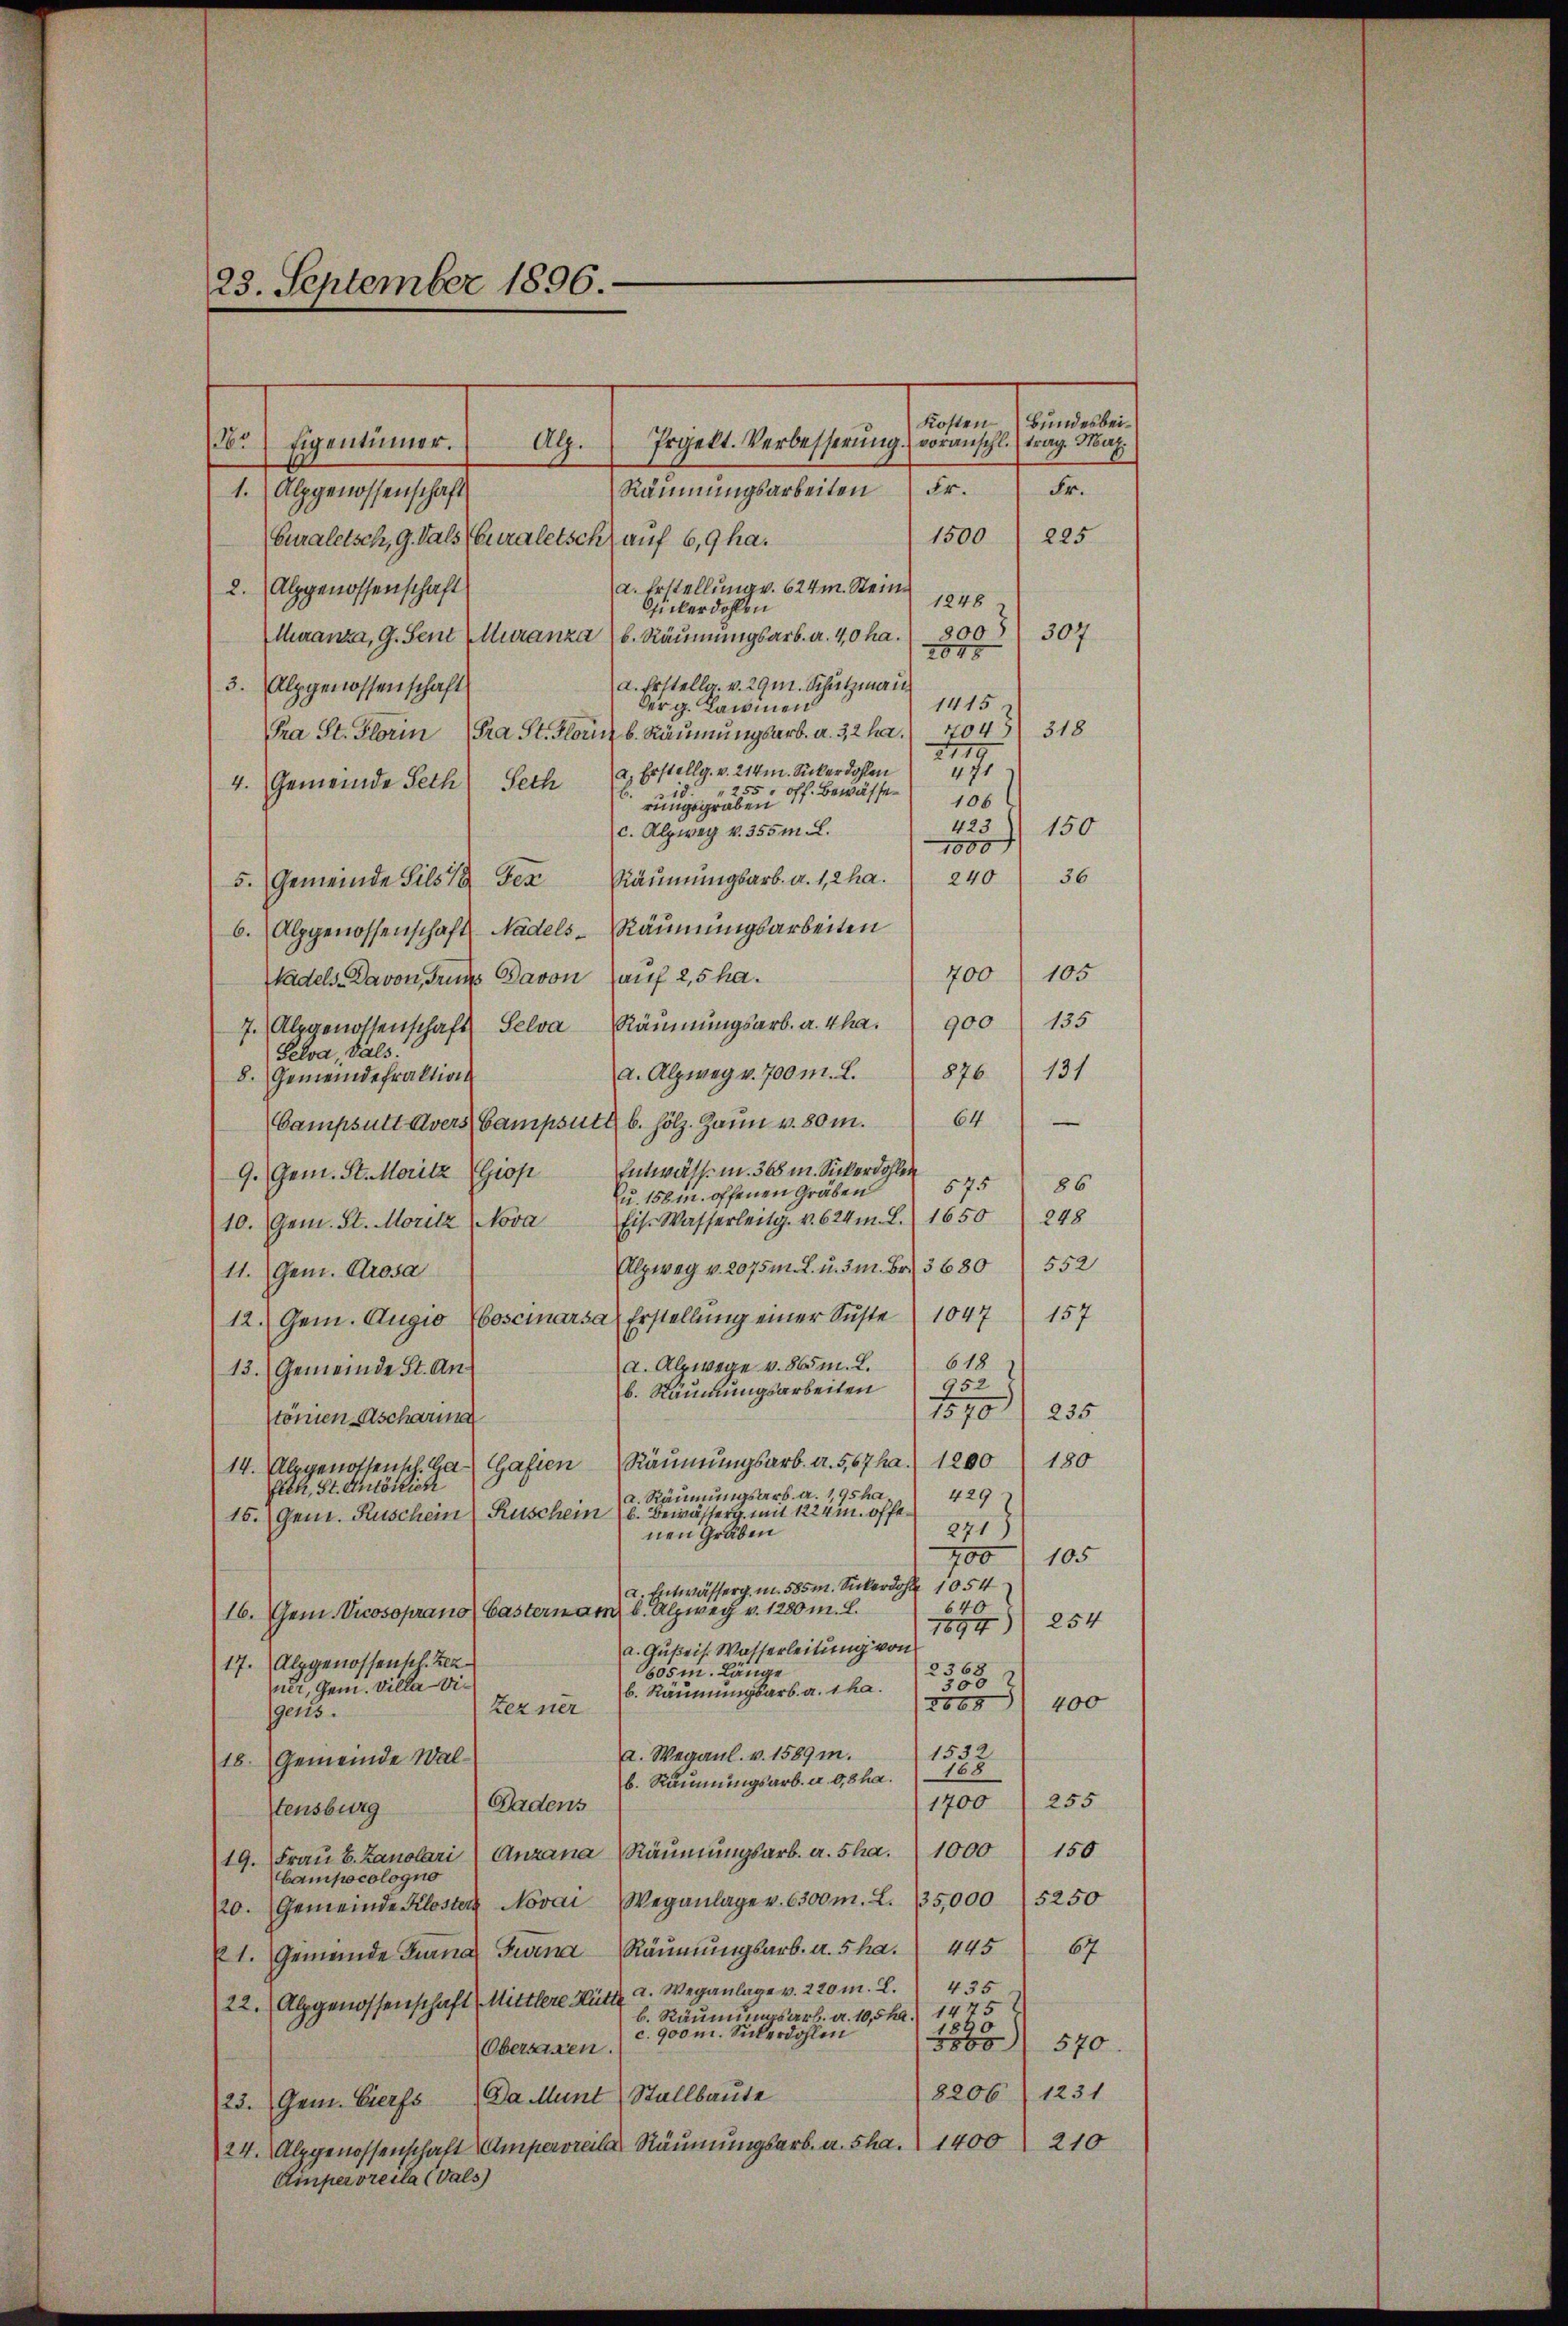
23. September 1896.

Kosten
Bundesbei¬
Irgekt. Verbesserung voranschl. trag. Mar¬
.) Eigentümer.
Alz.
Fr.
Räumungsarbeiten Fr.
1. Alpgenossenschaft
1500
225
Curaletsch, G. Sals Curaletsch auf 6,9 ha.
a. Erstellung v. 624m. Stein¬
2. (Alpgenossenschaft
1248
Güberdohlen
300)
307.
Muranza, G. Sent Muranza b. Räumungsarb. a. 40 ha.
2015
a. Erstellg. v. 29 m. Schutzmann
3. Alpgenossenschaft
1415
Derg. Lawinen
Pra St. Flor b. Räumungsarb. a. 32 ha. 704) 318
Pra St. Florin
2119
a. Erstellg. v. 214m. Sickerdohlen
471
Seth
4. Gemeinde Peth
. 255, off. Bewässe¬
16.
106
rungsgraben
423
150
c. Alpweg v. 355 m. L.
1000
36
240
Räumungsarb. a. 1,2 ha.
5. Gemeinde Sils 18 der
b. Alpgenossenschafts-Nadels- Räumungsarbeiten
105
700
tadels-Davon, Grund Davon auf 2,5 ha.
7. Alpgenossenschaft Selva Räŭmŭngsarb. a. 4ha.  900 135
Selva, dals.
a. Alzweg v. 700 m. L. 876. 131
8. Gemeindefraktion
64
e
Campsutt Avers Campsutt b. hölz. Zaun v. 80 m.
9. Gem. St. Moritz (Giop Entwässm. 365 m. Sickerdohlen
575 86
Ju. 158 m. offenen Gräben
Eis. Wasserleitg. v. 624m. L. 1650 248
10. Gem. St. Moritz, Nova
Alzweg v. 2075 m. L. u. 3 m. Fr. 3680 552
11. Gem. Prosa
157
12. Gem. Augio boscinarsa Erstellung einer Suste 1047
618
a. Alpwege v. 865 m. L.
13. Gemeinde St. An¬
952
b. Räumungsarbeiten
1570/ 255
tönien-Ascharina
14. Alpgenossensch. Ga Gafien Räumungsarb. a. 5,67ha.) 1200 180
Elek, St. Anlöslich
429
a. Räumungsarb. a. 195 ha¬
15. (Gen. Ruschein Ruschein (s. Bewässerg mit 1224 m. offe¬
271)
nen Gräben
700 (105
a. Entwässerg. m. 585 m. Sickerdo 1054
640
16. Gen. Vicosoprano Gastern am 6. Alzweg v. 1280 m. L.
254
1894
a. Gußeis. Wasserleitung von
17. Alpgenossensch. Bez
2368
605m. Länge
300
ner, Gem. Villa Dir
b. Räumungsarb. a. 1 ha.
400
2068
Zezner
geris
1532
A. Wegaul. v. 1589 m.
18. Gemeinde Wal¬
168
b. Räumungsarb. u. 0,8ha.
255
1700
Gadens
tensburg
Räumungsarb. a. Sha.
1000 (150
Frau E. Zanolari (Anzana
19.
Camisocologno
/20. Gemeinde Kloster Novai Weganlage v. 6300 m. L. 135,000) 5250
445
67
1. Gemeinde Turna Turna Räumungsarb. u. 5 ha.
435
Alpgenossenschaft Mittlere Hütt a. Weganlage v. 220 m. L.
22.
b. Räumungsart. a. 10,5ha. 1475
1890
c. 900 m. Sickerdohlen
3800
570.
Obersassen.
1231
8206
23. Gen. VierfsDa Munt Stallbaute
210
24. Alpgenossenschaft Amperdrei Räumungsarb. a. Sha.  1400
Ampervreila (Vals)